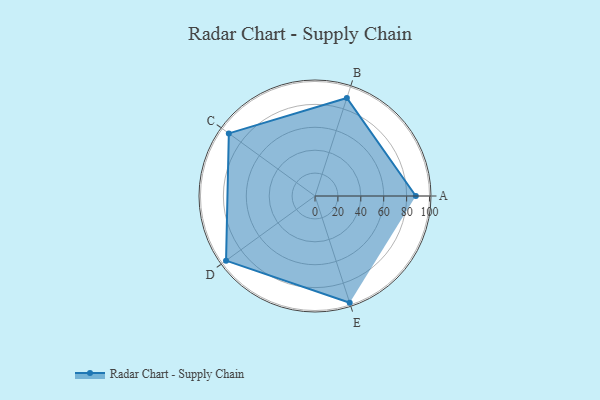
{"axis": {"x": "Skill", "y": "Score"}, "legend": ["Profile"], "data": [{"x": "A", "y": 88.0, "type": "Profile"}, {"x": "B", "y": 90.0, "type": "Profile"}, {"x": "C", "y": 93.0, "type": "Profile"}, {"x": "D", "y": 96.0, "type": "Profile"}, {"x": "E", "y": 98.0, "type": "Profile"}]}